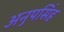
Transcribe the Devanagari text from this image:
अनुपसिंह